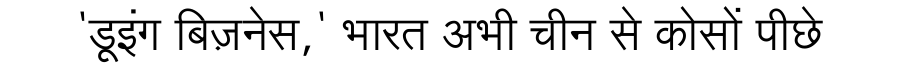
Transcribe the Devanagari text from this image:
'डूइंग बिज़नेस,' भारत अभी चीन से कोसों पीछे